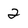
Character: 2